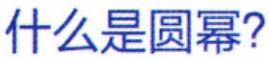
什么是圆幂？